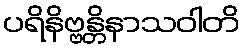
ပရိနိဗ္ဗန္တိနာသဝါတိ